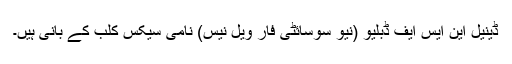
ڈینیل این ایس ایف ڈبلیو (نیو سوسائٹی فار ویل نیس) نامی سیکس کلب کے بانی ہیں۔